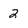
Character: 2